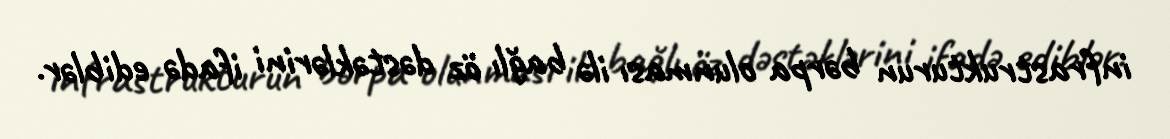
infrastrukturun bərpa olunması ilə bağlı öz dəstəklərini ifadə ediblər.